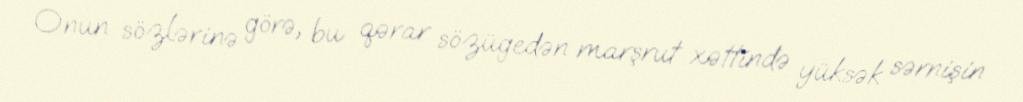
Onun sözlərinə görə, bu qərar sözügedən marşrut xəttində yüksək sərnişin